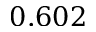
0 . 6 0 2